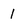
Character: 1